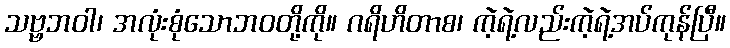
သဗ္ဗဘဝါ၊ အလုံးစုံသောဘဝတို့ကို။ ဂရိဟိတာစ၊ ကဲ့ရဲ့လည်းကဲ့ရဲ့အပ်ကုန်ပြီ။